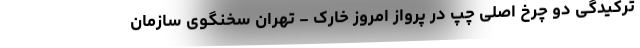
ترکیدگی دو چرخ اصلی چپ در پرواز امروز خارک - تهران سخنگوی سازمان